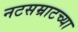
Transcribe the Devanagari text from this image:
नटसम्राटच्या